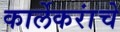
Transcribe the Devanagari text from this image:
कार्लेकरांचे